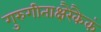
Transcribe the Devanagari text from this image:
गुरुगीताक्षरैकैकं